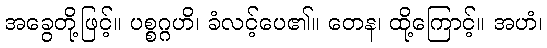
အခွေတို့ဖြင့်။ ပစ္စဂ္ဂဟိ၊ ခံလင့်ပေ၏။ တေန၊ ထို့ကြောင့်။ အဟံ၊